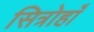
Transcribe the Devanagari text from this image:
सित्रोहाँ